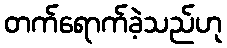
တက်ရောက်ခဲ့သည်ဟု